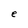
Character: e